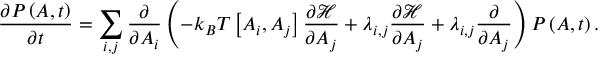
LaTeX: { \frac { \partial P \left( A , t \right) } { \partial t } } = \sum _ { i , j } { \frac { \partial } { \partial A _ { i } } } \left( - k _ { B } T \left[ A _ { i } , A _ { j } \right] { \frac { \partial { \mathcal { H } } } { \partial A _ { j } } } + \lambda _ { i , j } { \frac { \partial { \mathcal { H } } } { \partial A _ { j } } } + \lambda _ { i , j } { \frac { \partial } { \partial A _ { j } } } \right) P \left( A , t \right) .